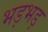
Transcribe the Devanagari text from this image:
भड़भड़